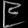
Digit: ၉